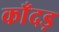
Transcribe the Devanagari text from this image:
काँदड़